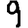
Digit: 9